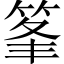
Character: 𥭗